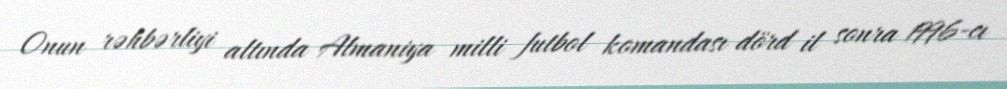
Onun rəhbərliyi altında Almaniya milli futbol komandası dörd il sonra 1996-cı